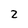
Character: 2